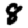
Digit: 8